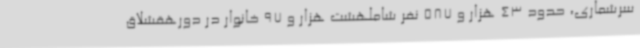
سرشماری، حدود 43 هزار و 587 نفر شاملهشت هزار و 97 خانوار در دورهقشلاق